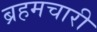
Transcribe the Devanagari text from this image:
ब्रहमचारी